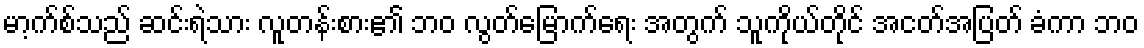
မာ့က်စ်သည် ဆင်းရဲသား လူတန်းစား၏ ဘဝ လွတ်မြောက်ရေး အတွက် သူကိုယ်တိုင် အငတ်အပြတ် ခံကာ ဘဝ